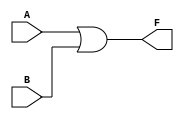
module two_variable_kmap (
    input wire A,  // First input variable
    input wire B,  // Second input variable
    output wire F  // Output representing the simplified boolean expression
);

// The output F is derived from the K-map.
// The K-map for two variables gives the following output based on the combinations of A and B:
// F = A'B' + A'B + AB' + AB  // This expands to F = A + B (which is the simplified expression)

assign F = A | B;  // Output F is true if either A or B is true

endmodule